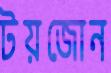
টয়জোন